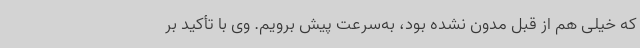
که خیلی هم از قبل مدون نشده بود، به‌سرعت پیش برویم. وی با تأکید بر